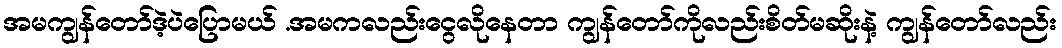
အမကျွန်တော်ဒဲ့ပဲပြောမယ် .အမကလည်းငွေလိုနေတာ ကျွန်တော်ကိုလည်းစိတ်မဆိုးနဲ့ ကျွန်တော်လည်း